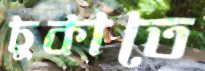
চুকাতে